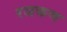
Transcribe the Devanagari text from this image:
रजकण